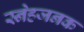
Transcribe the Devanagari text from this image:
स्नेहजनक